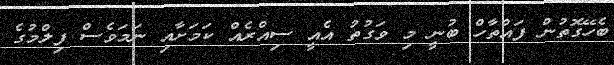
ބެހޭގޮތުން ފައްތާހް ބުނީ މި ވަގުތު އެއީ ސިއްރެއް ކަމަށާއި ނަމަވެސް ފިލްމުގެ